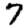
Digit: 7